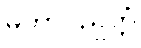
မဟာပညတ္တံ